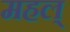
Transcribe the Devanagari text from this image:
महल्